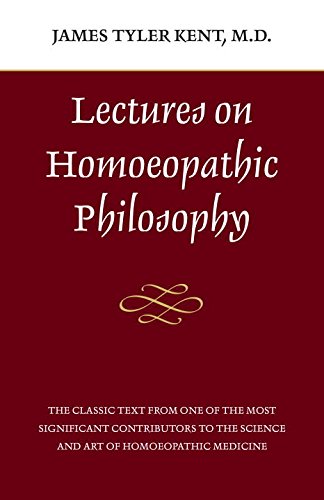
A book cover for Lectures on Homeopathic Philosophy; James Tyler Kent; Health, Fitness & Dieting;